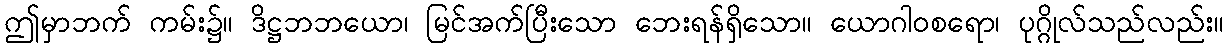
ဤမှာဘက် ကမ်း၌။ ဒိဋ္ဌဘဘယော၊ မြင်အက်ပြီးသော ဘေးရန်ရှိသော။ ယောဂါဝစရော၊ ပုဂ္ဂိုလ်သည်လည်း။